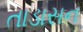
તાડાસન